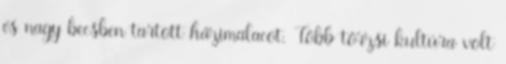
és nagy becsben tartott házimalacot. Több törzsi kultúra volt